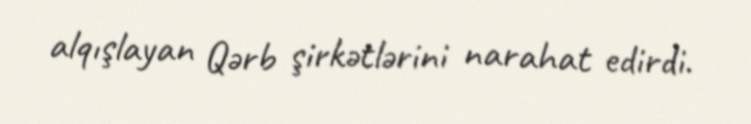
alqışlayan Qərb şirkətlərini narahat edirdi.